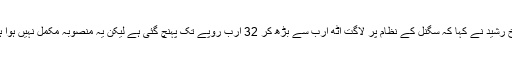
شیخ رشید نے کہا کہ سگنل کے نظام پر لاگت آٹھ ارب سے بڑھ کر 32 ارب روپے تک پہنچ گئی ہے لیکن یہ منصوبہ مکمل نہیں ہوا ہے۔